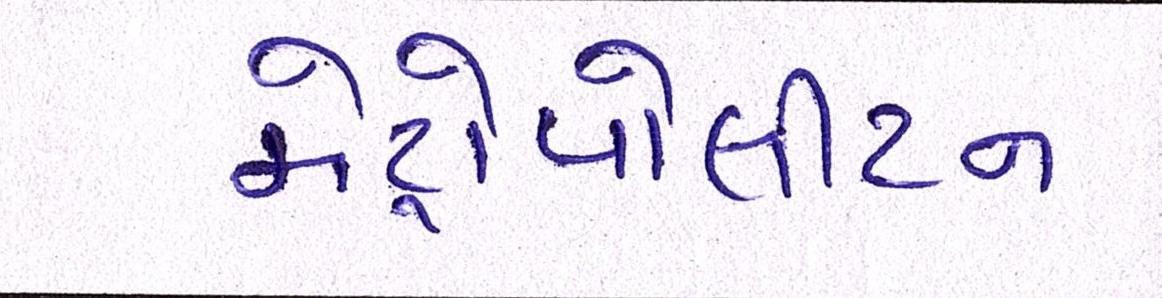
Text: મેટ્રોપોલીટન